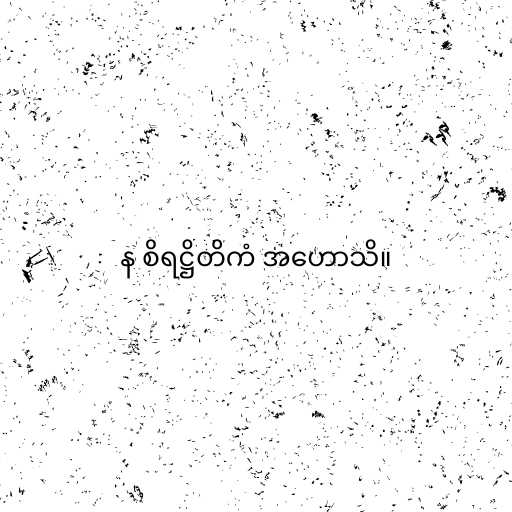
န စိရဋ္ဌိတိကံ အဟောသိ။